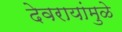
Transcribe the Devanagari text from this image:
देवरायांमुळे